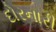
દોરનારી